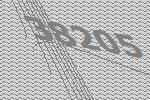
38205